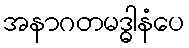
အနာဂတမဒ္ဓါနံပေ